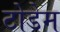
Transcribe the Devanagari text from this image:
टोडेम